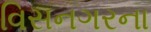
વિસનગરના